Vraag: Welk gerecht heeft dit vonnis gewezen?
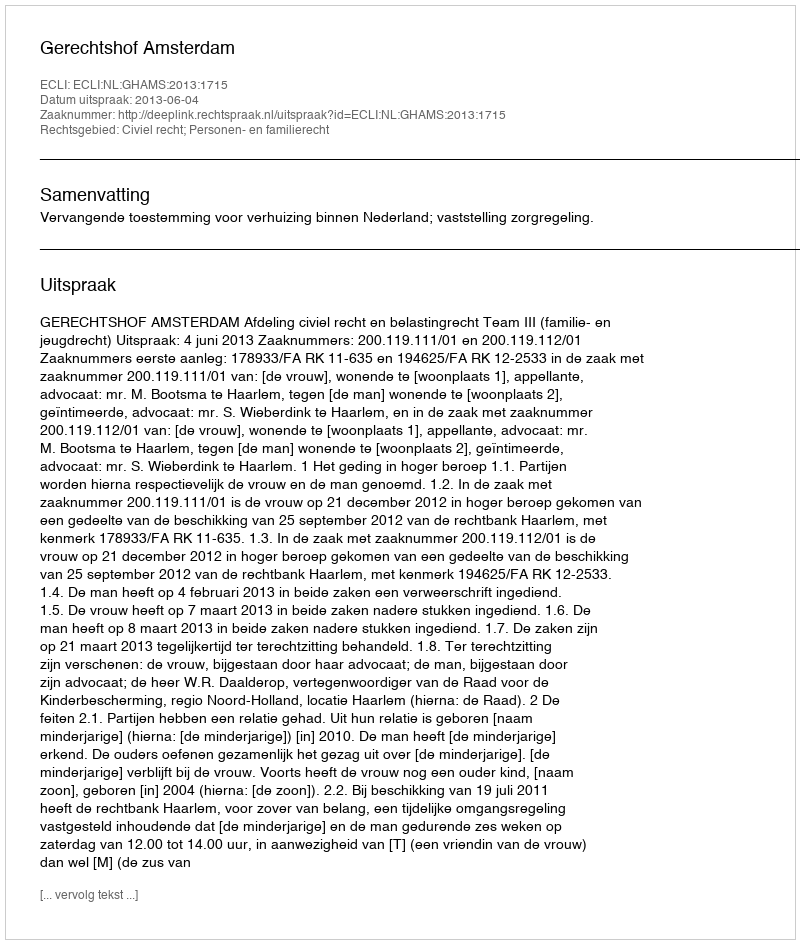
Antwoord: Gerechtshof Amsterdam